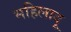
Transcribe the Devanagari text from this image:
महिलादू